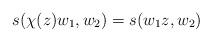
LaTeX: \begin{align*}s(\chi(z)w_1,w_2)&=s(w_1z,w_2)\end{align*}